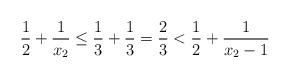
LaTeX: \begin{align*}\frac{1}{2} + \frac{1}{x_2} \leq \frac{1}{3} + \frac{1}{3} = \frac{2}{3} < \frac{1}{2} + \frac{1}{x_2-1}\end{align*}